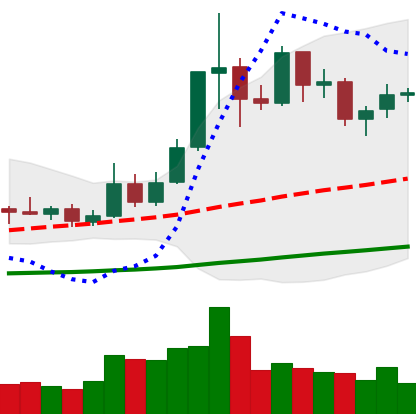
Ticker: ETC-USD
Chart end date: 2019-05-25
Forward return: 11.403%
Label: up_7plus